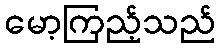
မော့ကြည့်သည်